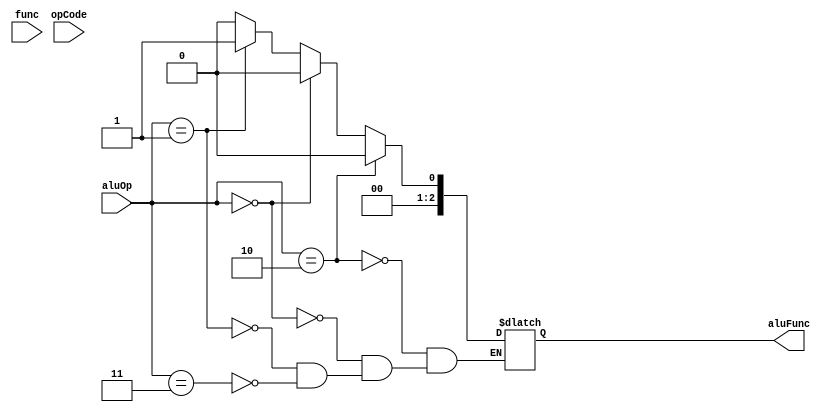
module ALUControl(aluOp, opCode, func, aluFunc);

    input wire [1:0] aluOp;
    input wire [5:0] opCode;
    input wire [5:0] func;

    output reg [2:0] aluFunc;

    always @* begin
        if(aluOp == 2'b10) begin
            case(func)
                6'b100000: aluFunc <= 3'b000; //addition
                //implement other operations here.
                default: aluFunc <= 3'bzzz;
            endcase
        end
        else if (aluOp == 2'b00) begin
        	aluFunc <= 3'b000; //addition for lw, sw
        end
        else if (aluOp == 2'b01) begin
        	aluFunc <= 3'b001; // beq
        end
        else if (aluOp == 2'b11) begin
        	aluFunc <= 3'b000; // addi
        end
    end

endmodule